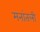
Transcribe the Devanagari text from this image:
मनांतली